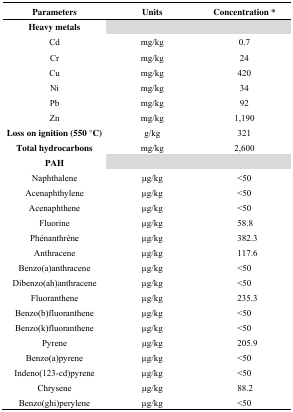
<table><thead><tr><td><b>Parameters</b></td><td><b>Units</b></td><td><b>Concentration *</b></td></tr></thead><tbody><tr><td><b>Heavy metals</b></td><td></td><td></td></tr><tr><td>Cd</td><td>mg/kg</td><td>0.7</td></tr><tr><td>Cr</td><td>mg/kg</td><td>24</td></tr><tr><td>Cu</td><td>mg/kg</td><td>420</td></tr><tr><td>Ni</td><td>mg/kg</td><td>34</td></tr><tr><td>Pb</td><td>mg/kg</td><td>92</td></tr><tr><td>Zn</td><td>mg/kg</td><td>1,190</td></tr><tr><td><b>Loss on ignition (550 °C)</b></td><td>g/kg</td><td>321</td></tr><tr><td><b>Total hydrocarbons</b></td><td>mg/kg </td><td>2,600</td></tr><tr><td><b>PAH</b></td><td></td><td></td></tr><tr><td>Naphthalene</td><td>μg/kg</td><td>&lt;50</td></tr><tr><td>Acenaphthylene</td><td>μg/kg</td><td>&lt;50</td></tr><tr><td>Acenaphthene</td><td>μg/kg</td><td>&lt;50</td></tr><tr><td>Fluorine</td><td>μg/kg</td><td>58.8</td></tr><tr><td>Phénanthrène</td><td>μg/kg</td><td>382.3</td></tr><tr><td>Anthracene</td><td>μg/kg</td><td>117.6</td></tr><tr><td>Benzo(a)anthracene</td><td>μg/kg</td><td>&lt;50</td></tr><tr><td>Dibenzo(ah)anthracene</td><td>μg/kg</td><td>&lt;50</td></tr><tr><td>Fluoranthene</td><td>μg/kg</td><td>235.3</td></tr><tr><td>Benzo(b)fluoranthene</td><td>μg/kg</td><td>&lt;50</td></tr><tr><td>Benzo(k)fluoranthene</td><td>μg/kg</td><td>&lt;50</td></tr><tr><td>Pyrene</td><td>μg/kg</td><td>205.9</td></tr><tr><td>Benzo(a)pyrene</td><td>μg/kg</td><td>&lt;50</td></tr><tr><td>Indeno(123-cd)pyrene</td><td>μg/kg</td><td>&lt;50</td></tr><tr><td>Chrysene</td><td>μg/kg</td><td>88.2</td></tr><tr><td>Benzo(ghi)perylene</td><td>μg/kg</td><td>&lt;50</td></tr></tbody></table>